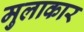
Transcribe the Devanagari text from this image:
मुलाकार